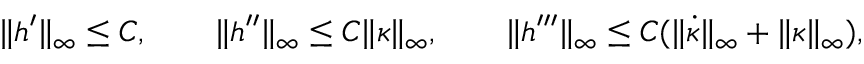
\begin{array} { r } { \| h ^ { \prime } \| _ { \infty } \leq C , \qquad \| h ^ { \prime \prime } \| _ { \infty } \leq C \| \kappa \| _ { \infty } , \qquad \| h ^ { \prime \prime \prime } \| _ { \infty } \leq C ( \| \dot { \kappa } \| _ { \infty } + \| \kappa \| _ { \infty } ) , } \end{array}